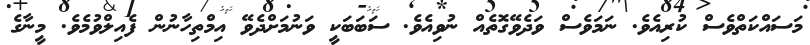
މަސައްކަތްވެސް ކުރިއެވެ. ނަމަވެސް ވަދެވޭގޮތެއް ނުވިއެވެ. ސަބަބަކީ ވަނުމަށްދެވޭ އިމްތިހާނުން ފެއިލްވުމެވެ. މީނާގެ